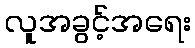
လူအခွင့်အရေး